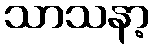
သာသနာ့